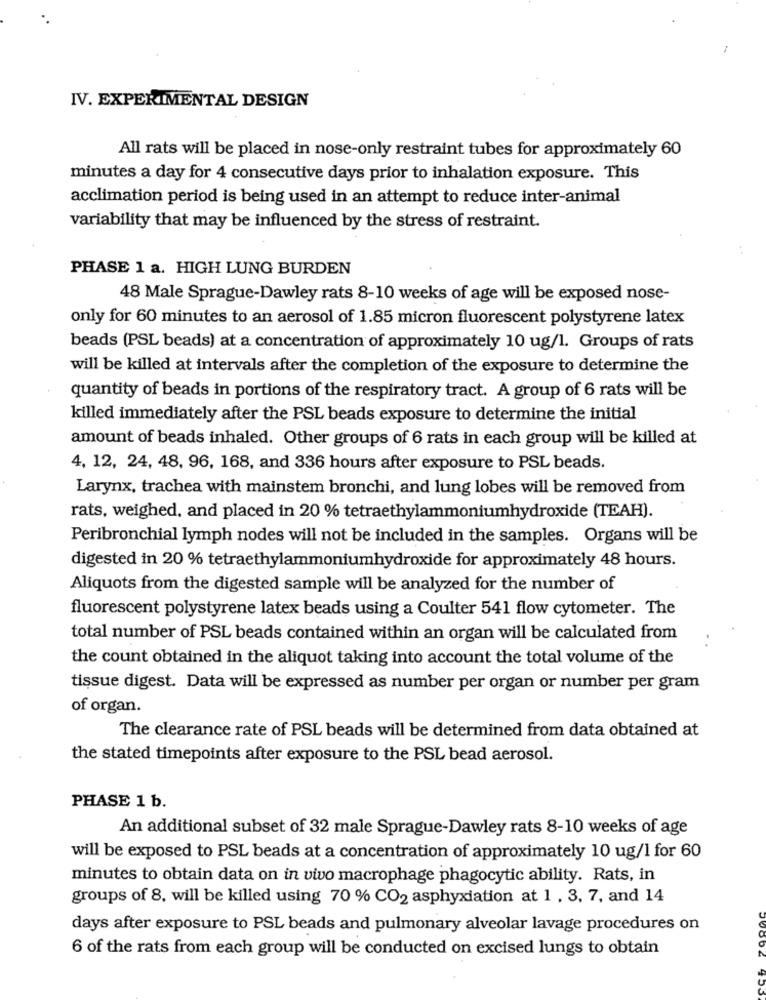
IV. EXPERIMENTAL DESIGN
All rats will be placed in nose-only restraint tubes for approximately 60
minutes a day for 4 consecutive days prior to inhalation exposure. This
acclimation period is being used in an attempt to reduce inter-animal
variability that may be influenced by the stress of restraint.
PHASE 1 a. HIGH LUNG BURDEN
48 Male Sprague-Dawley rats 8-10 weeks of age will be exposed nose-
only for 60 minutes to an aerosol of 1.85 micron fluorescent polystyrene latex
beads (PSL beads) at a concentration of approximately 10 ug/1. Groups of rats
will be killed at intervals after the completion of the exposure to determine the
quantity of beads in portions of the respiratory tract. A group of 6 rats will be
killed immediately after the PSL beads exposure to determine the initial
amount of beads inhaled. Other groups of 6 rats in each group will be killed at
4, 12, 24, 48, 96, 168, and 336 hours after exposure to PSL beads.
Larynx, trachea with mainstem bronchi, and lung lobes will be removed from
rats, weighed, and placed in 20 % tetraethylammoniumhydroxide (TEAH).
Peribronchial lymph nodes will not be included in the samples. Organs will be
digested in 20 % tetraethylammoniumhydroxide for approximately 48 hours.
Aliquots from the digested sample will be analyzed for the number of
fluorescent polystyrene latex beads using a Coulter 541 flow cytometer. The
total number of PSL beads contained within an organ will be calculated from
the count obtained in the aliquot taking into account the total volume of the
tissue digest. Data will be expressed as number per organ or number per gram
of organ.
The clearance rate of PSL beads will be determined from data obtained at
the stated timepoints after exposure to the PSL bead aerosol.
PHASE 1 b.
An additional subset of 32 male Sprague-Dawley rats 8-10 weeks of age
will be exposed to PSL beads at a concentration of approximately 10 ug/1 for 60
minutes to obtain data on in vivo macrophage phagocytic ability. Rats, in
groups of 8, will be killed using 70 % CO2 asphyxiation at 1 , 3, 7, and 14
days after exposure to PSL beads and pulmonary alveolar lavage procedures on
6 of the rats from each group will be conducted on excised lungs to obtain